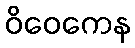
ဝိဝေကေန